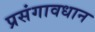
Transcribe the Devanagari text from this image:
प्रसंगावधान